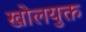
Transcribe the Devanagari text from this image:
खोलयुक्त